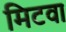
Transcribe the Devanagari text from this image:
मिटवा